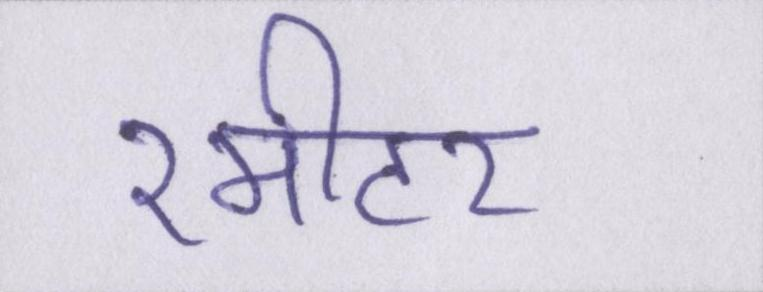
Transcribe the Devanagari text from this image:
२मीटर